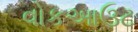
વોકઆઉટ